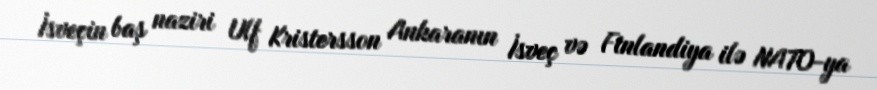
İsveçin baş naziri Ulf Kristersson Ankaranın İsveç və Finlandiya ilə NATO-ya